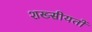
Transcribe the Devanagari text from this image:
शख्सीयतों